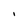
Character: I